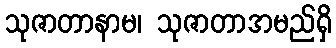
သုဇာတာနာမ၊ သုဇာတာအမည်ရှိ